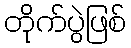
တိုက်ပွဲဖြစ်